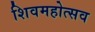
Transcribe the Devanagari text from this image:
शिवमहोत्सव